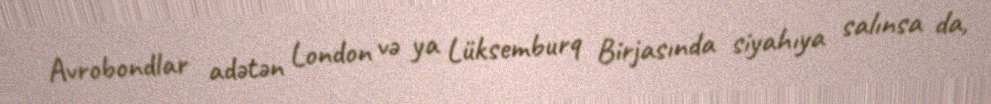
Avrobondlar adətən London və ya Lüksemburq Birjasında siyahıya salınsa da,